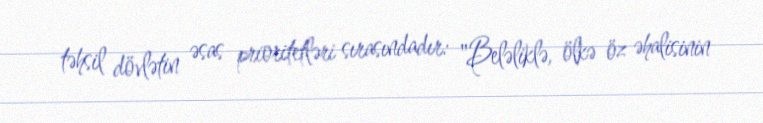
təhsil dövlətin əsas prioritetləri sırasındadır: "Beləliklə, ölkə öz əhalisinin